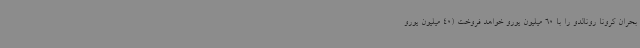
بحران کرونا رونالدو را با 60 میلیون یورو خواهد فروخت (40 میلیون یورو